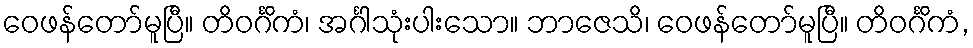
ဝေဖန်တော်မူပြီ။ တိဝင်္ဂိကံ၊ အင်္ဂါသုံးပါးသော။ ဘာဇေသိ၊ ဝေဖန်တော်မူပြီ။ တိဝင်္ဂိကံ,